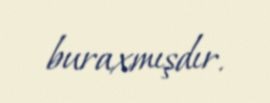
buraxmışdır.